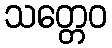
သတ္တေဝ